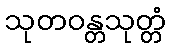
သုတဝန္တသုတ္တံ